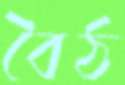
বৈঠ